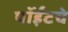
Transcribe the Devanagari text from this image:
पॉईंटचे